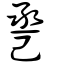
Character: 巹